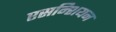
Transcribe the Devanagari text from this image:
एसन्शियन